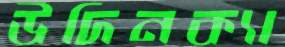
উদিনক্যা